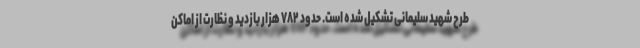
طرح شهید سلیمانی تشکیل شده است. حدود ۷۸۲ هزار بازدید و نظارت از اماکن